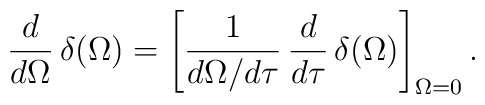
{d \over d\Omega}\, \delta (\Omega)= \left[ {1 \over d\Omega/d\tau}\,{d \over d\tau}\,\delta (\Omega) \right]_{\Omega=0}.